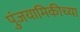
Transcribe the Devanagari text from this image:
पुंजयामिकीच्या